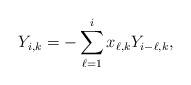
LaTeX: \begin{align*}Y_{i,k} = -\sum_{\ell = 1}^i x_{\ell,k} Y_{i-\ell,k},\end{align*}